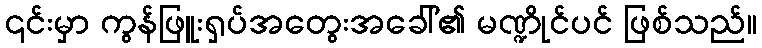
၎င်းမှာ ကွန်ဖြူးရှပ်အတွေးအခေါ်၏ မဏ္ဍိုင်ပင် ဖြစ်သည်။